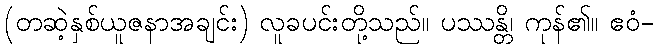
(တဆဲ့နှစ်ယူဇနာအချင်း) လူခပင်းတို့သည်။ ပဿန္တိ၊ ကုန်၏။ ဧဝံ-